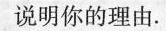
说明你的理由.